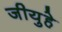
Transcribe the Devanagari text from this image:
जीयुहे